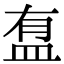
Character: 䀁